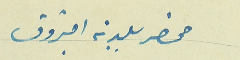
محضر بلدية البترون